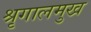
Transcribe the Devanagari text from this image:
श्रृगालमुख